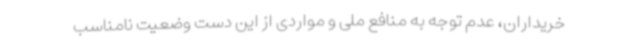
خریداران، عدم توجه به منافع ملی و مواردی از این دست وضعیت نامناسب